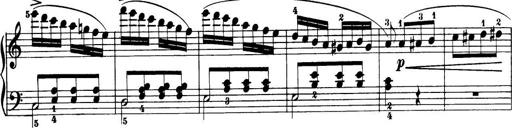
Title: 32 Sonatinas and Rondos for the Piano
Composer: Richard Kleinmichel